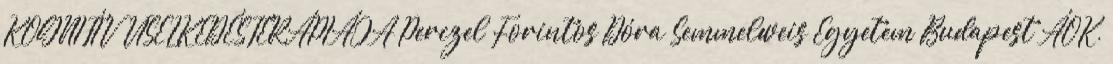
KOGNITÍV VISELKEDÉSTERÁPIÁJA Perczel Forintos Dóra Semmelweis Egyetem Budapest ÁOK,